Vaccination in Bombay 1913-1923 - 1913-1923
Year: 1913
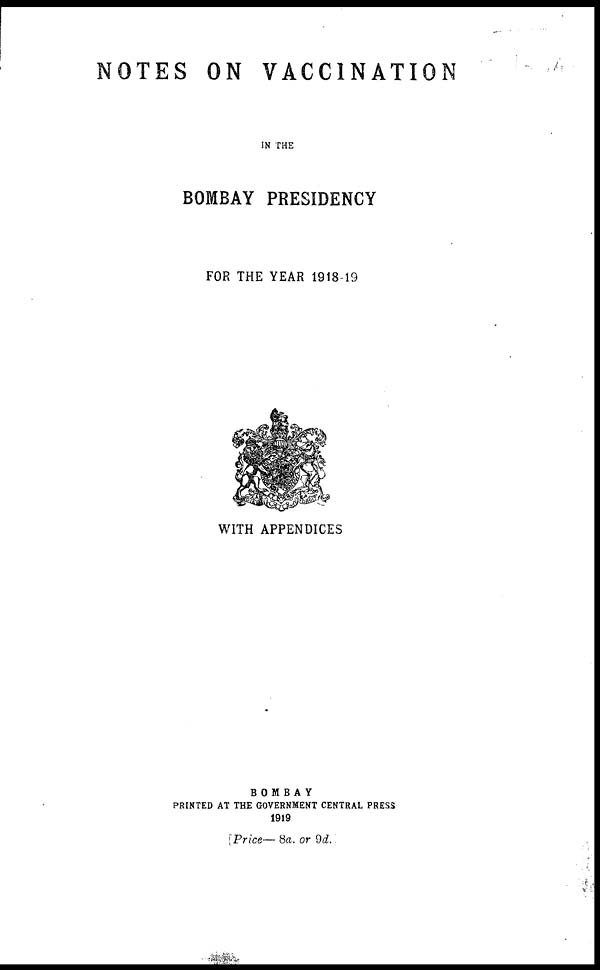
NOTES ON VACCINATION
IN THE
BOMBAY PRESIDENCY
FOR THE YEAR 1918-19
WITH APPENDICES
BOMBAY
PRINTED AT THE GOVERNMENT CENTRAL PRESS
1919
[Price— 8a. or 9d.